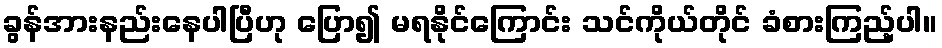
ခွန်အားနည်းနေပါပြီဟု ပြော၍ မရနိုင်ကြောင်း သင်ကိုယ်တိုင် ခံစားကြည့်ပါ။